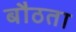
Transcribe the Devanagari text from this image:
बौठता